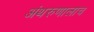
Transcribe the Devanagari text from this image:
अंथरुणालाच